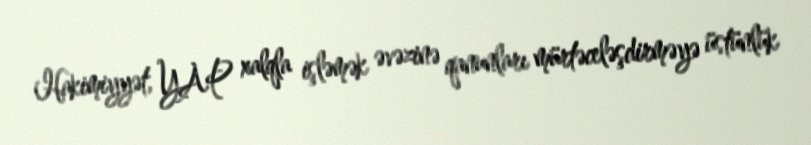
Hakimiyyət, YAP xalqla işləmək əvəzinə qanunları mürtəceləşdirməyə üstünlük